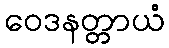
ဝေဒနတ္တာယံ